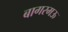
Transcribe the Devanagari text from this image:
बागरमऊ